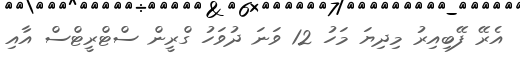
އެރޭ ފޭބިއިރު މިދިޔަ މަހު 12 ވަނަ ދުވަހު ގްރީން ސްޓްރީޓްސް އާއި